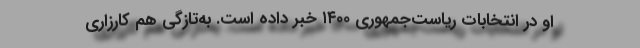
او در انتخابات ریاست‌جمهوری ۱۴۰۰ خبر داده است. به‌تازگی هم کارزاری